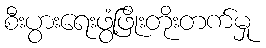
စီးပွားရေးဖွံ့ဖြိုးတိုးတက်မှု